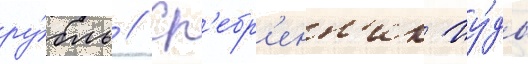
ру́бль // Ср'ебр'енн'ик иу́ды